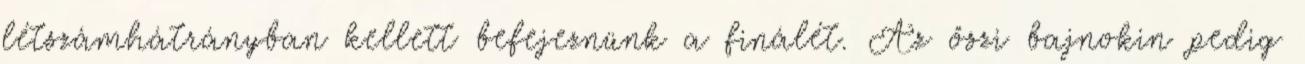
létszámhátrányban kellett befejeznünk a finálét. Az őszi bajnokin pedig